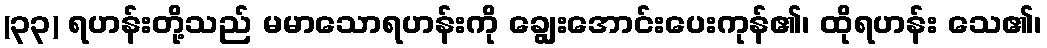
(၃၃) ရဟန်းတို့သည် မမာသောရဟန်းကို ချွေးအောင်းပေးကုန်၏၊ ထိုရဟန်း သေ၏၊